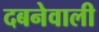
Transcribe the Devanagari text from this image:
दबनेवाली